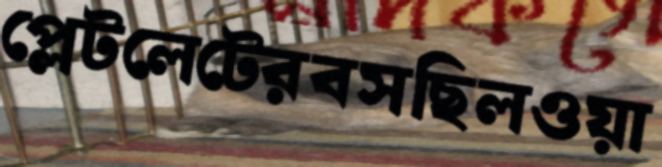
প্লেটলেটেরবসছিলওয়া